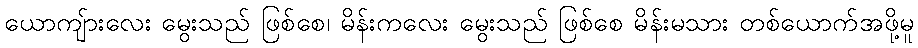
ယောကျ်ားလေး မွေးသည် ဖြစ်စေ၊ မိန်းကလေး မွေးသည် ဖြစ်စေ မိန်းမသား တစ်ယောက်အဖို့မူ